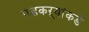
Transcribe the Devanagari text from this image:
गडकऱ्यांकडे